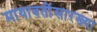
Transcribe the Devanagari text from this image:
मायावतींसारख्या